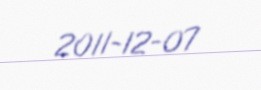
2011-12-07